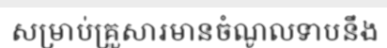
សម្រាប់គ្រួសារមានចំណូលទាបនឹង